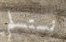
نستسلم